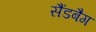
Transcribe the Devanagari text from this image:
सैंडबैग